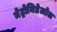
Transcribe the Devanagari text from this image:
मेट्रोनिडेज़ोल